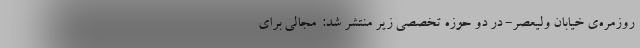
روزمره‌ی خیابان ولیعصر- در دو حوزه تخصصی زیر منتشر شد:  مجالی برای